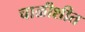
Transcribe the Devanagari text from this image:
चाळीशीत